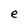
Character: e